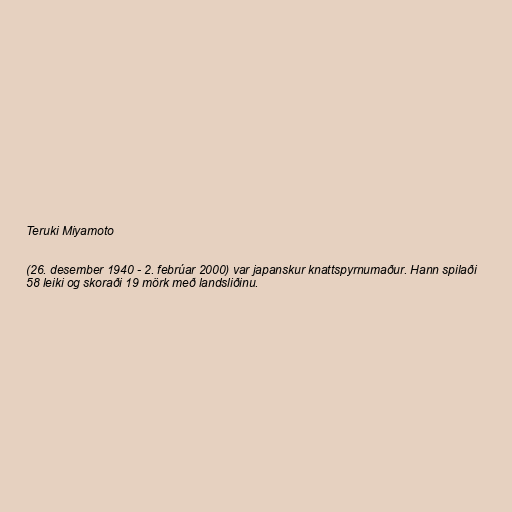
Teruki Miyamoto

(26. desember 1940 - 2. febrúar 2000) var japanskur knattspyrnumaður. Hann spilaði
58 leiki og skoraði 19 mörk með landsliðinu.